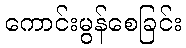
ကောင်းမွန်စေခြင်း